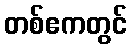
တစ်ဧကတွင်